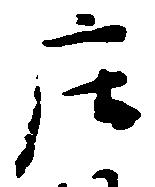
庄